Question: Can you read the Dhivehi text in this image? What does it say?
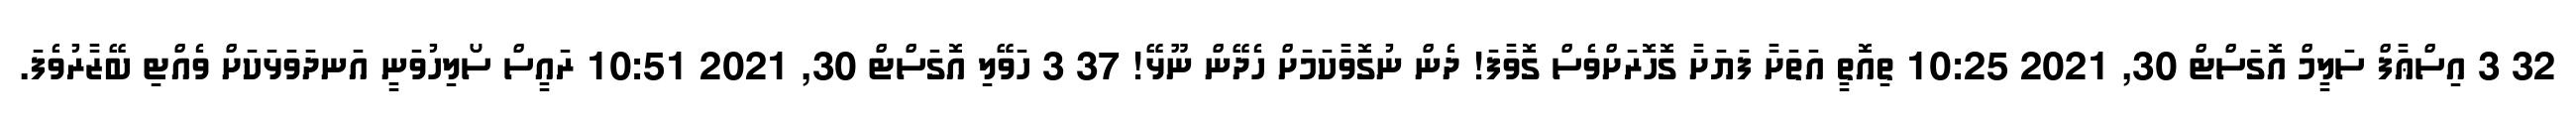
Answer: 32 3 އިސްޢާފް ސަލީމް އޮގަސްޓް 30, 2021 10:25 ތިއޮތީ އަތަށާ ފަޔަށާ ގޮހޮރަށްވެސް ގޮވާފަ! ދެން ނުގޮވާކަމަށް ހެދޭން ނޫޅޭ! 37 3 ހަވޭލި އޮގަސްޓް 30, 2021 10:51 ރައީސް ސޯލިހުވަނީ އަނދަވަޅަކަށް ވެއްޓި ބޭޒާރުވެފަ.